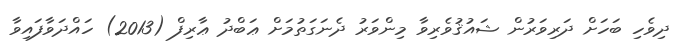
ދިވެހި ބަހަށް ދަރިވަރުން ޝައުޤުވެރިވާ މިންވަރު ދެނަގަތުމަށް ޢަބްދު ޢާރިފް (2013) ހައްދަވާފައިވާ